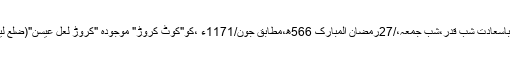
تاریخِ ولادت: آپ کی ولادت باسعادت شبِ قدر،شبِ جمعہ،/27رمضان المبارک 566ھ،مطابق جون/1171ء ،کو"کوٹ کروڑ" موجودہ "کروڑ لعل عیسن"(ضلع لیہ،پنجاب،پاکستان) میں ہوئی۔